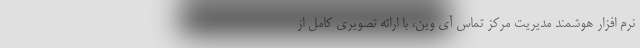
نرم افزار هوشمند مدیریت مرکز تماس آی وین، با ارائه تصویری کامل از